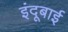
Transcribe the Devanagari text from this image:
इंदूबाई